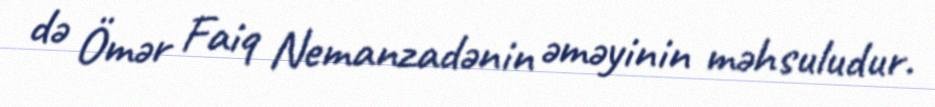
də Ömər Faiq Nemanzadənin əməyinin məhsuludur.